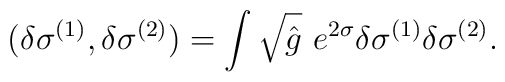
(\delta \sigma^{(1)}, \delta \sigma^{(2)}) =  \int \sqrt{\hat{g}}~e^{2\sigma} \delta \sigma^{(1)} \delta \sigma^{(2)}.